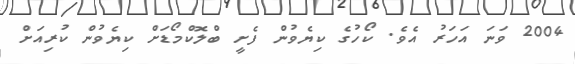
2004 ވަނަ އަހަރު އެވެ. ކޯހުގެ ކިޔެވުން ފެށީ ބްލޮކްމޯޑަށް ކިޔެވުން ކުރިއަށް